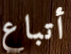
أتباع